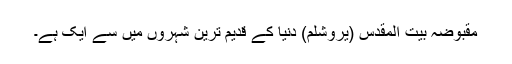
مقبوضہ بیت المقدس (یروشلم) دُنیا کے قدیم ترین شہروں میں سے ایک ہے۔